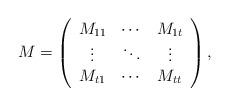
LaTeX: \begin{align*}M = \left(\begin{array}{ccc}M_{11} & \cdots & M_{1t}\\\vdots & \ddots &\vdots \\ M_{t1}& \cdots & M_{tt}\\\end{array}\right),\end{align*}